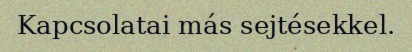
Kapcsolatai más sejtésekkel.